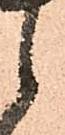
候